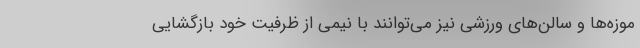
موزه‌ها و سالن‌های ورزشی نیز می‌توانند با نیمی از ظرفیت خود بازگشایی